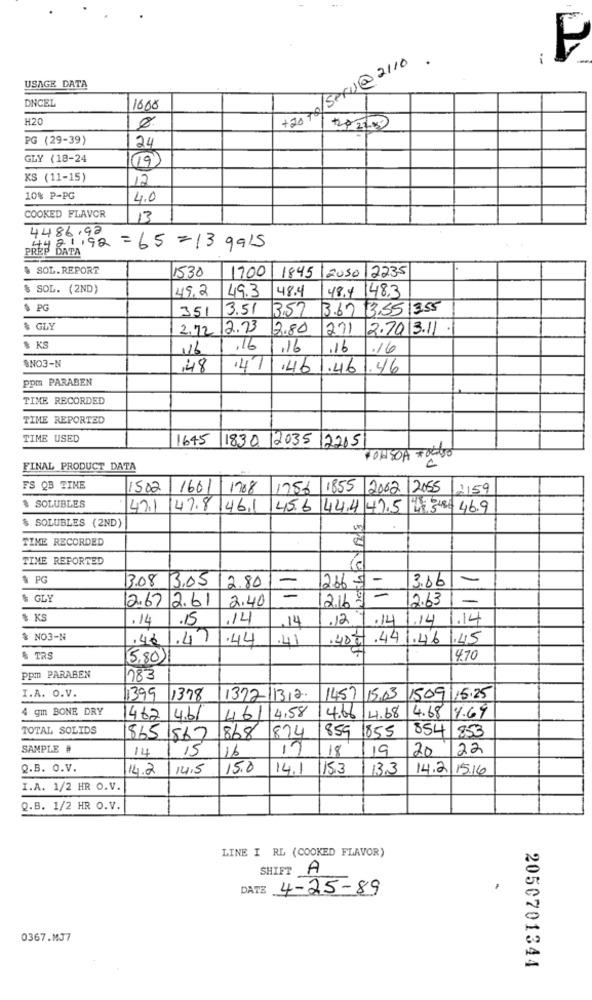
+20 70/SPRU@ 2110
F
USAGE DATA
DNCEL
1668
H20
+20 22.00
PG (29-39)
24
GLY (18-24
19
KS (11-15)
12
10% P-PG
4.0
COOKED FLAVOR
13
4486.92
PREP DATA
6421.92 = 65 = 13 9915
& SOL.REPORT
1530
1700
12235
1845 12050
$ SOL. (2ND)
49.2
49.3
48.4
48.4
148.3
$ PG
351
3.51
3.57 3.67 13,55 3.55
& GLY
2.72
2.73
12.80
271
2.7013.11
$ KS
116
.16
.16
.16
.16
SNO3-N
,48
.47
.46 .461.46
ppm PARABEN
TIME RECORDED
TIME REPORTED
TIME USED
1645
1830 2035 12215
CONSOA *oCASO
FINAL PRODUCT DATA
FS QB TINE
1502
1601 1708
1756 1855 2002 /2055
1:159
$ SOLUBLES
147.1
147.8 46.1
45.6 44.4 42.5 48 3 484 46.9
$ SOLUBLES (2ND)
TIME RECORDED
TIME REPORTED
$ PG
3.08 3.05
2.80
2667-
3.66
-
-
$ GLY
2.67 2.61
2.40
2.16 9 -
2.63
$ KS
.14
.15
14
14
.12
7.14/14
.14
% NO3-N
.46 1,47
.44
.41
.400.441.46 .45
& TRS
5,80
4.70
ppm PARABEN
183
I.A. O.V.
1399
1378
1372-11312.
1457 15.03
15.09|15:25
4 gm BONE DRY
4,58
462 4.61
461
4.66 4.68
4.68 4.69
TOTAL SOLIDS
1874
1855
854
853
865 1867
1868
859
SAMPLE #
14
15
16
17
18
19
20
22
Q.B. O.V.
14.2
14,5
15.0
14.1
15.3
13.3
14.2 15.16
I.A. 1/2 HR O.V.
Q.B. 1/2 HR O.V.
LINE I RL (COOKED FLAVOR)
SHIFT A
DATE
4-25-89
0367.MJ7
2050701344